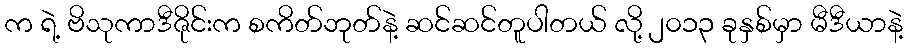
က ရဲ့ ဗိသုကာဒီဇိုင်းက စကိတ်ဘုတ်နဲ့ ဆင်ဆင်တူပါတယ် လို့ ၂၀၁၃ ခုနှစ်မှာ မီဒီယာနဲ့